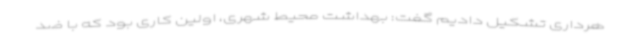
هرداری تشکیل دادیم گفت: بهداشت محیط شهری، اولین کاری بود که با ضد